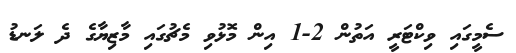
ސެމީގައި ވިކްޓަރީ އަތުން 2-1 އިން މޮޅުވި މެޗުގައި މާޒިޔާގެ ދެ ލަނޑު